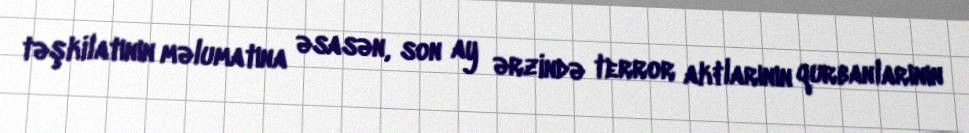
təşkilatının məlumatına əsasən, son ay ərzində terror aktlarının qurbanlarının